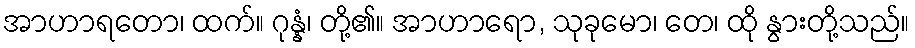
အာဟာရတော၊ ထက်။ ဂုန္နံ၊ တို့၏။ အာဟာရော, သုခုမော၊ တေ၊ ထို နွားတို့သည်။